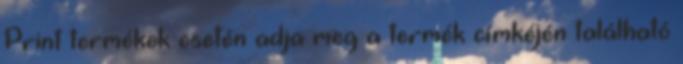
Print termékek esetén adja meg a termék címkéjén található